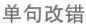
单句改错